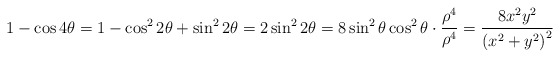
\begin{align*}1-\cos4\theta = 1-\cos^22\theta+\sin^22\theta = 2\sin^22\theta = 8\sin^2\theta\cos^2\theta\cdot\frac{\rho^4}{\rho^4} = \frac{8x^2y^2}{\left(x^2+y^2\right)^2}\end{align*}